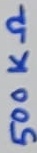
Text: 500KΩ